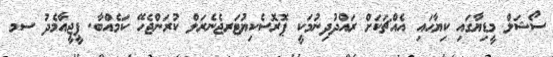
ސޯޝަލް މީޑިޔާގައި ކިޔާހައި އެއްޗަކަށް ރައްދުދިނުމަކީ ޕޮރޮސެކިޔުޓަރޖެނެރަލް ކުރަންޖެހޭ ކަމެއްބާ. ޕީޖީއާމެދު ސމ